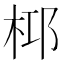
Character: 桏